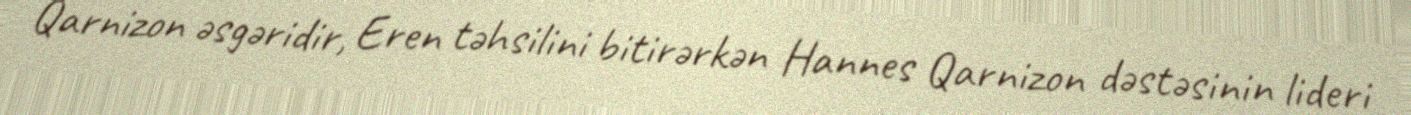
Qarnizon əsgəridir, Eren təhsilini bitirərkən Hannes Qarnizon dəstəsinin lideri